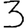
Digit: 3